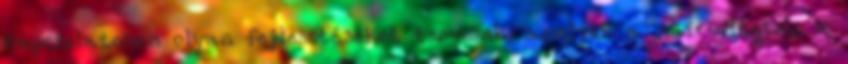
kapcsolatosan olyan fejlesztéseket tervezek, amelyek a mai világban a